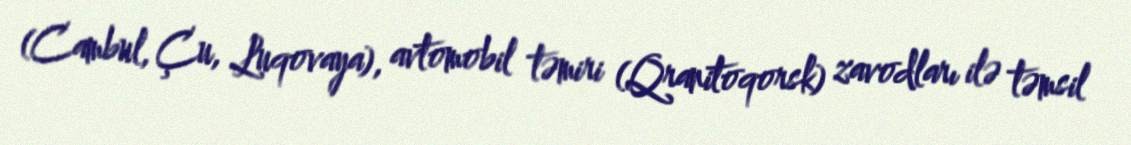
(Cambul, Çu, Luqovaya), avtomobil təmiri (Qranitoqorsk) zavodları ilə təmsil